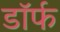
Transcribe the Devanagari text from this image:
डॉर्फ